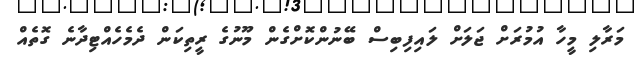
މަރާލި މީހާ އުމުރަށް ޖަލަށް ލައިފިބިސް ބޭނުންކޮށްގެން މޫނުގެ ރީތިކަން ދެމެހެއްޓިދާނެ ގޮތެއް